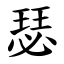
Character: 瑟